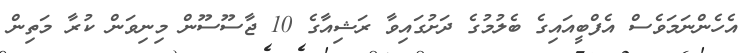
އެހެންނަމަވެސް އެފްބީއައިގެ ބެލުމުގެ ދަށުގައިވާ ރަޝިއާގެ 10 ޖާސޫސޫން މިނިވަން ކުރާ މަތިން